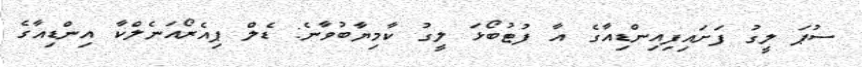
ސުޕަ ލީގު ފަށައިފިއިންޑިއާގެ އާ ފުޓުބޯޅަ ލީގު ކާމިޔާބުވާނެ: ޑެލް ޕިއެރޯއަނެލްކާ އިންޑިއާގެ